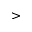
>